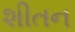
શીતન